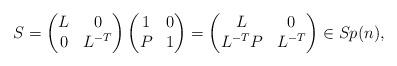
LaTeX: \begin{align*}S =\begin{pmatrix}L & 0\\0 & L^{-T}\end{pmatrix}\begin{pmatrix}1 & 0\\P & 1\end{pmatrix}=\begin{pmatrix}L & 0\\L^{-T} P & L^{-T}\end{pmatrix} \in Sp(n),\end{align*}